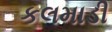
કલમાડી